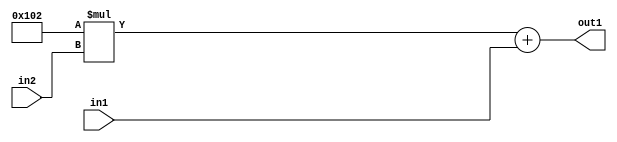
`timescale 1ps / 1ps
/*****************************************************************************
    Verilog RTL Description
    
    
    Created by: Stratus DpOpt 2019.1.01 
*******************************************************************************/

module DC_Filter_Add2u9Mul2i258u2_4 (
	in2,
	in1,
	out1
	); /* architecture "behavioural" */ 
input [1:0] in2;
input [8:0] in1;
output [11:0] out1;
wire [11:0] asc001;

wire [11:0] asc001_tmp_0;
assign asc001_tmp_0 = 
	+(12'B000100000010 * in2);
assign asc001 = asc001_tmp_0
	+(in1);

assign out1 = asc001;
endmodule

/* CADENCE  ubj5Tw0= : u9/ySgnWtBlWxVPRXgAZ4Og= ** DO NOT EDIT THIS LINE ******/